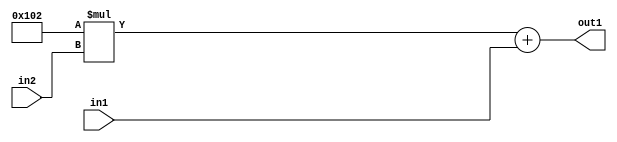
`timescale 1ps / 1ps
/*****************************************************************************
    Verilog RTL Description
    
    
    Created by: Stratus DpOpt 2019.1.01 
*******************************************************************************/

module DC_Filter_Add2u9Mul2i258u2_4 (
	in2,
	in1,
	out1
	); /* architecture "behavioural" */ 
input [1:0] in2;
input [8:0] in1;
output [11:0] out1;
wire [11:0] asc001;

wire [11:0] asc001_tmp_0;
assign asc001_tmp_0 = 
	+(12'B000100000010 * in2);
assign asc001 = asc001_tmp_0
	+(in1);

assign out1 = asc001;
endmodule

/* CADENCE  ubj5Tw0= : u9/ySgnWtBlWxVPRXgAZ4Og= ** DO NOT EDIT THIS LINE ******/